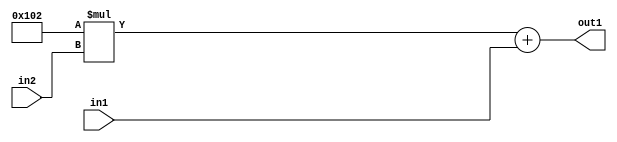
`timescale 1ps / 1ps
/*****************************************************************************
    Verilog RTL Description
    
    
    Created by: Stratus DpOpt 2019.1.01 
*******************************************************************************/

module DC_Filter_Add2u9Mul2i258u2_4 (
	in2,
	in1,
	out1
	); /* architecture "behavioural" */ 
input [1:0] in2;
input [8:0] in1;
output [11:0] out1;
wire [11:0] asc001;

wire [11:0] asc001_tmp_0;
assign asc001_tmp_0 = 
	+(12'B000100000010 * in2);
assign asc001 = asc001_tmp_0
	+(in1);

assign out1 = asc001;
endmodule

/* CADENCE  ubj5Tw0= : u9/ySgnWtBlWxVPRXgAZ4Og= ** DO NOT EDIT THIS LINE ******/